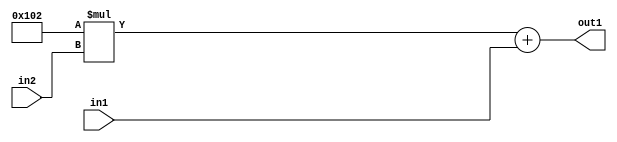
`timescale 1ps / 1ps
/*****************************************************************************
    Verilog RTL Description
    
    
    Created by: Stratus DpOpt 2019.1.01 
*******************************************************************************/

module DC_Filter_Add2u9Mul2i258u2_4 (
	in2,
	in1,
	out1
	); /* architecture "behavioural" */ 
input [1:0] in2;
input [8:0] in1;
output [11:0] out1;
wire [11:0] asc001;

wire [11:0] asc001_tmp_0;
assign asc001_tmp_0 = 
	+(12'B000100000010 * in2);
assign asc001 = asc001_tmp_0
	+(in1);

assign out1 = asc001;
endmodule

/* CADENCE  ubj5Tw0= : u9/ySgnWtBlWxVPRXgAZ4Og= ** DO NOT EDIT THIS LINE ******/